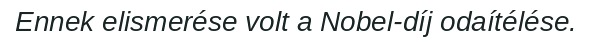
Ennek elismerése volt a Nobel-díj odaítélése.